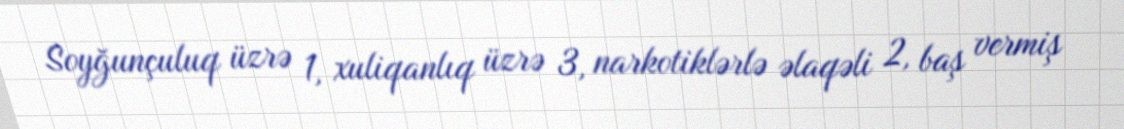
Soyğunçuluq üzrə 1, xuliqanlıq üzrə 3, narkotiklərlə əlaqəli 2, baş vermiş